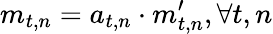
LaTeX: m_{t,n}=a_{t,n}\cdot m_{t,n}^{\prime},\forall t,n